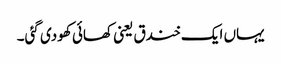
یہاں ایک خندق یعنی کھائی کھودی گئی۔